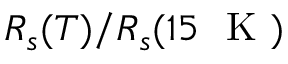
R _ { s } ( T ) / R _ { s } ( 1 5 ~ \mathrm { ~ K ~ } )